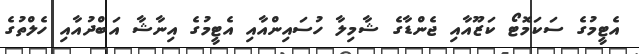
އެޓީމުގެ ސަކަމޮޓޯ ކަޒޫއާއި ޖެންޑާގެ ޝާމިލާ ހުސައިންއާއި އެޓީމުގެ އިނާޝާ އަބްދުއާއި ހެލްތުގެ